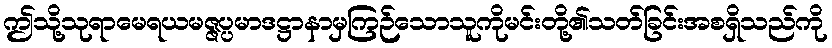
ဤသို့သုရာမေရယမဇ္ဇပ္ပမာဒဋ္ဌာနာမှကြဉ်သောသူကိုမင်းတို့၏သတ်ခြင်းအစရှိသည်ကို